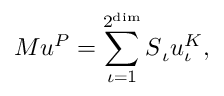
\boldsymbol { M } \boldsymbol { u } ^ { P } = \sum _ { \iota = 1 } ^ { 2 ^ { \dim } } \boldsymbol { S } _ { \iota } \boldsymbol { u } _ { \iota } ^ { K } ,